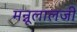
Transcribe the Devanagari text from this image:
मन्नूलालजी